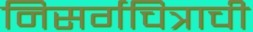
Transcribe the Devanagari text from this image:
निसर्गचित्राची